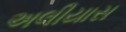
અલીયાસ